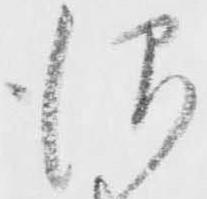
仰